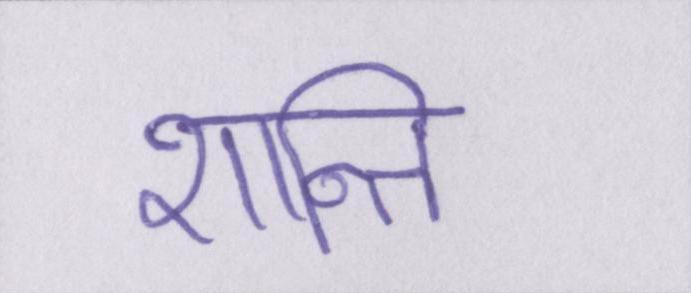
शान्ति